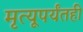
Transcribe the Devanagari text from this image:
मृत्यूपर्यंतही